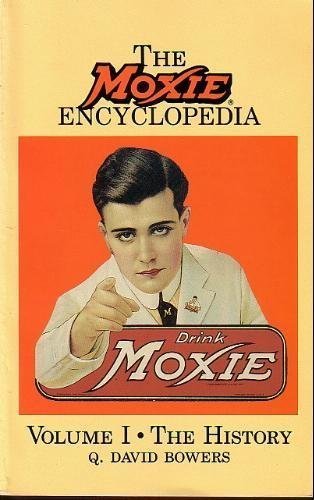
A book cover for The Moxie Encyclopedia, Vol. 1: The History; Q. David Bowers; Humor & Entertainment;